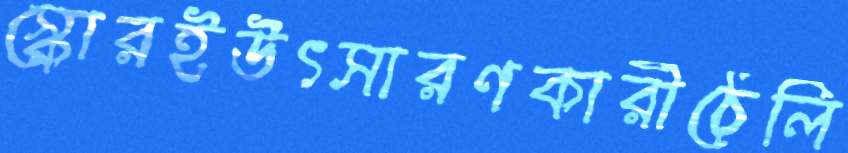
স্কোরইউৎসারণকারীঠেলি